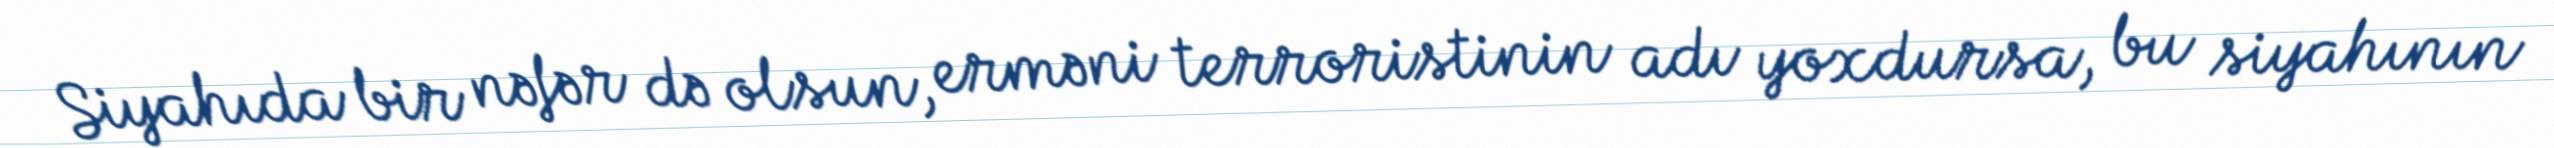
Siyahıda bir nəfər də olsun, erməni terroristinin adı yoxdursa, bu siyahının